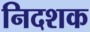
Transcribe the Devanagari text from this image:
निदशक